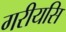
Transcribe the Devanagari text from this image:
गरीयसि